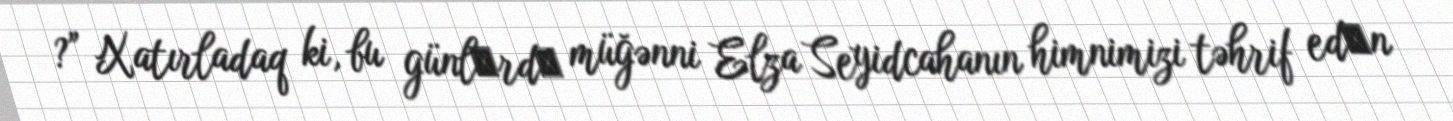
?” Xatırladaq ki, bu günlәrdә müğənni Elza Seyidcahanın himnimizi təhrif edәn